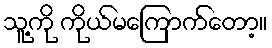
သူ့ကို ကိုယ်မကြောက်တော့။